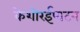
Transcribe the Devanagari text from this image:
केशोरईपाटन